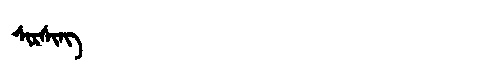
Manchu: ᠰᡳᡵᠰᡳᠩ
Romanization: SIRSING